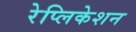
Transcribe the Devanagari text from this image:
रेप्लिकेशन